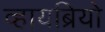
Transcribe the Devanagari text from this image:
व्हायब्रियो